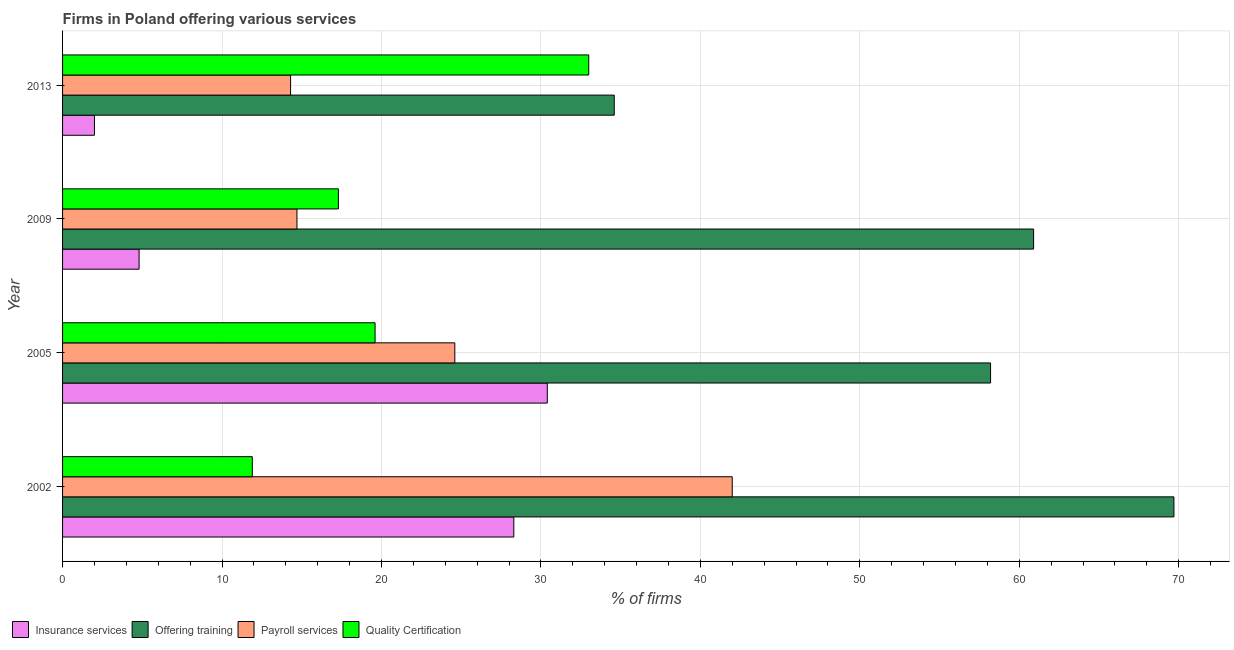
| Year | Insurance services | Offering training | Payroll services | Quality Certification |
 | --- | --- | --- | --- | --- |
 | 2002 | 28.3 | 69.7 | 42 | 11.9 |
 | 2005 | 30.4 | 58.2 | 24.6 | 19.6 |
 | 2009 | 4.8 | 60.9 | 14.7 | 17.3 |
 | 2013 | 2 | 34.6 | 14.3 | 33 |